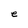
Character: e